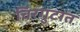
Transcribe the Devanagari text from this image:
चिरगुटात